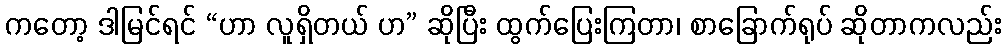
ကတော့ ဒါမြင်ရင် “ဟာ လူရှိတယ် ဟ” ဆိုပြီး ထွက်ပြေးကြတာ၊ စာခြောက်ရုပ် ဆိုတာကလည်း